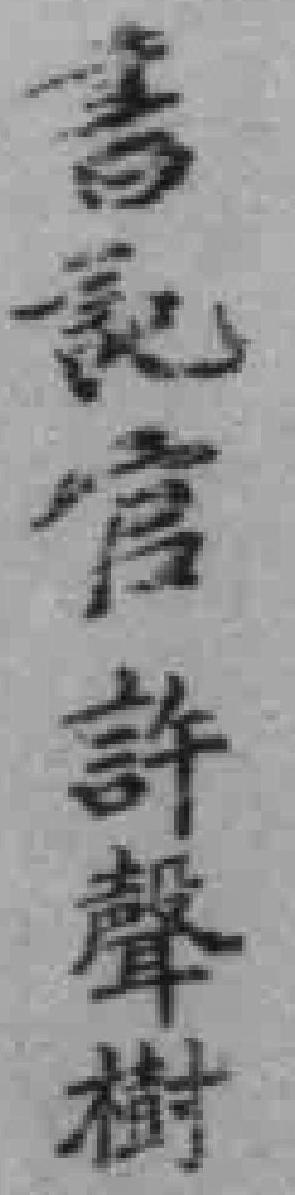
書記官許聲樹